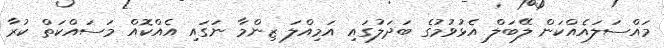
މައްސަލައެއްކަން ލޭބަލް އެޅުވުމުގެ ބަދަލުގައި އަމިއްލަ ޒިންމާ ނަގައި އެއްކޮއް މަސައްކަތް ކުރާ